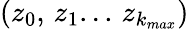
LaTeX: \left(z_{0},\, z_{1}...\, z_{k_{max}}\right)